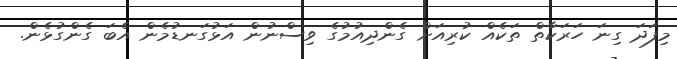
މިފަދަ ގިނަ ހަރަކާތް ތަކެއް ކުރިއަށް ގެންދިއުމުގެ ވިސްނުން އަޅުގަނޑުމެން އެބަ ގެންގުޅެން.